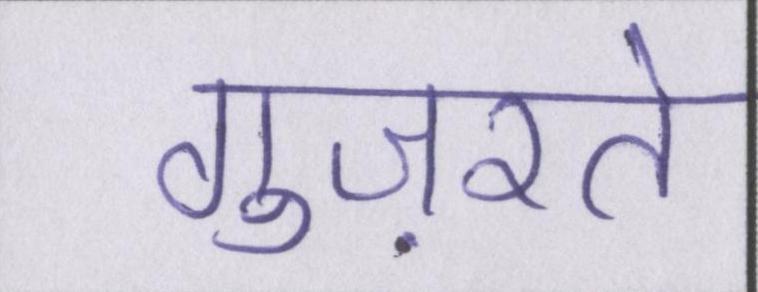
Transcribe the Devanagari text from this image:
गुज़रते